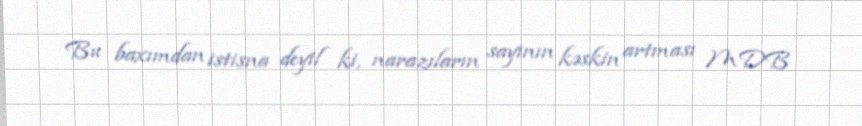
Bu baxımdan istisna deyil ki, narazıların sayının kəskin artması MDB